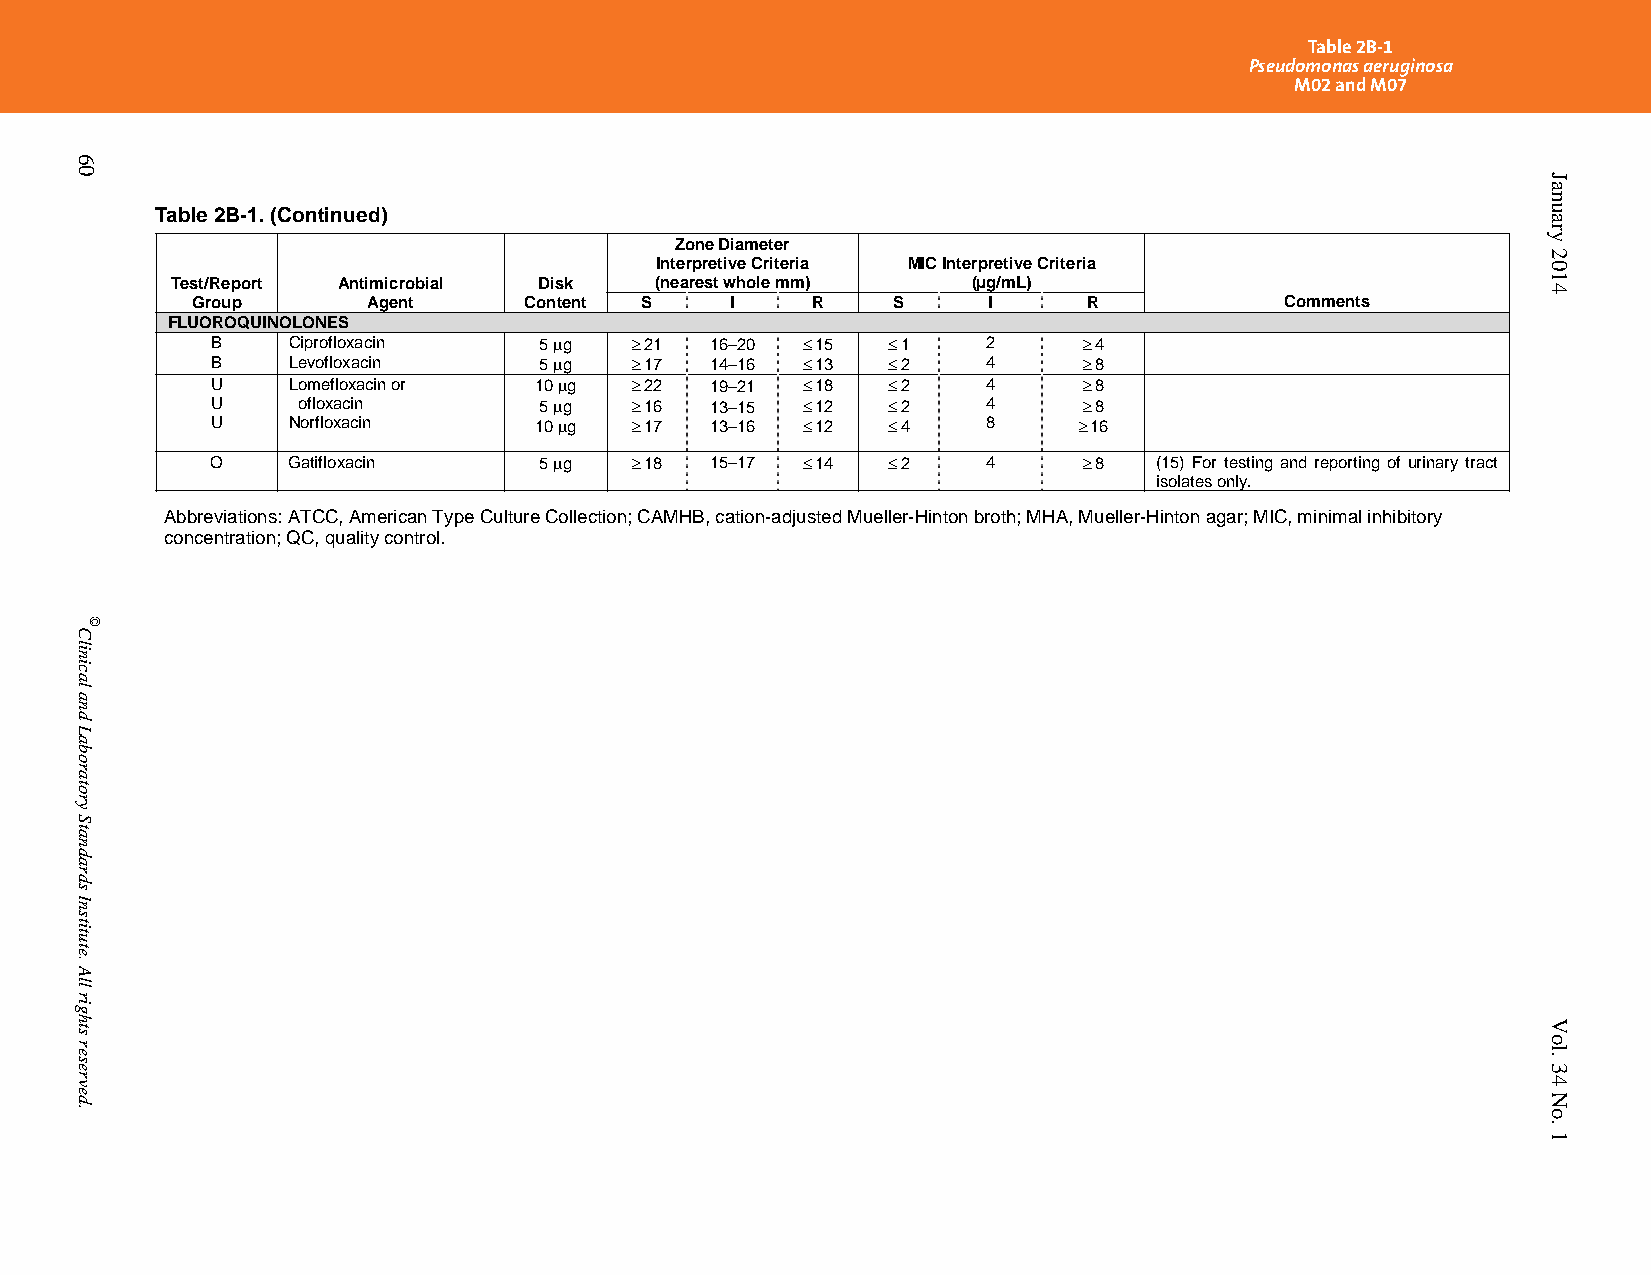
Table 2B-1
 Pseudomonas aeruginosa
 M02 and M07
 Table 2B-1. (Continued)
 Zone Diameter
 Interpretive Criteria MIC Interpretive Criteria
 Test/Report Antimicrobial Disk  (nearest whole mm)   (µg/mL)
 Group      Agent      Content S    I     R    S     I      R            Comments
 FLUOROQUINOLONES
 B    Ciprofloxacin    5 g   21 16–20  15   1   2       4
 B    Levofloxacin     5 g   17 14–16  13   2   4       8
 U    Lomefloxacin or 10 g   22 19–21  18   2   4       8
 U     ofloxacin       5 g   16 13–15  12   2   4       8
 U    Norfloxacin     10 g   17 13–16  12   4   8      16
 O    Gatifloxacin     5 g   18 15–17  14   2   4       8 (15) For testing and reporting of urinary tract
 isolates only.
 Abbreviations: ATCC, American Type Culture Collection; CAMHB, cation-adjusted Mueller-Hinton broth; MHA, Mueller-Hinton agar; MIC, minimal inhibitory
 concentration; QC, quality control.
 PublishedOn1/1/2014. Thisdocumentisprotectedbycopyright.
 60
 Clinical
 and
 Laboratory
 Standards
 Institute.
 All
 rights
 reserved.
 ©
 January
 2014
 Vol.
 34
 No.
 1